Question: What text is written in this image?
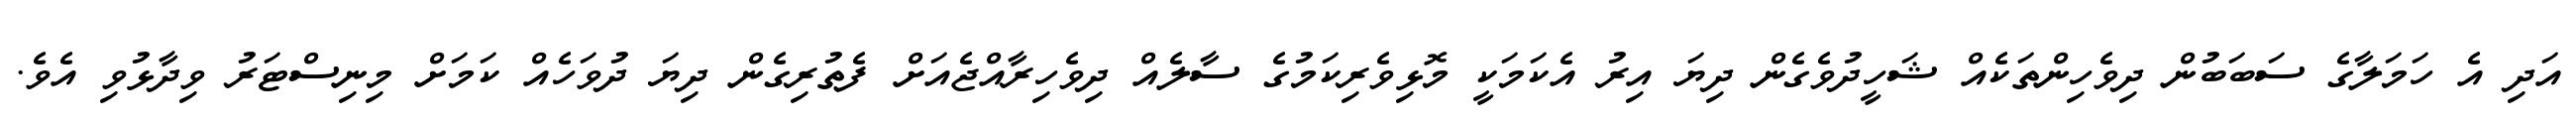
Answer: އަދި އެ ހަމަލާގެ ސަބަބުން ދިވެހިންތަކެއް ޝަހީދުވެގެން ދިޔަ އިރު އެކަމަކީ މޮޅިވެރިކަމުގެ ސާލެއް ދިވެހިރާއްޖެއަށް ފެތުރިގެން ދިޔަ ދުވަހެއް ކަމަށް މިނިސްޓަރު ވިދާޅުވި އެވެ.